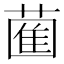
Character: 𮐩